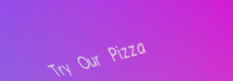
Try Our Pizza